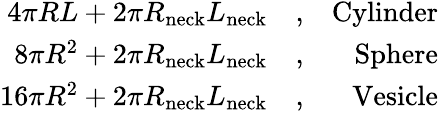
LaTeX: \begin{array}{rlr}{4\pi RL+2\pi R_{\mathrm{neck}}L_{\mathrm{neck}}}&{{},}&{\mathrm{Cylinder}}\\ {8\pi R^{2}+2\pi R_{\mathrm{neck}}L_{\mathrm{neck}}}&{{},}&{\mathrm{Sphere}}\\ {16\pi R^{2}+2\pi R_{\mathrm{neck}}L_{\mathrm{neck}}}&{{},}&{\mathrm{Vesicle}}\end{array}